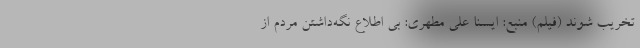
تخریب شوند (فیلم) منبع: ایسنا علی مطهری: بی اطلاع نگه‌داشتن مردم از